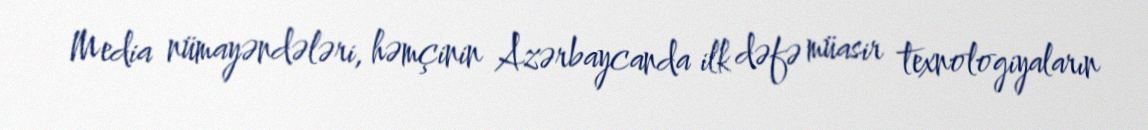
Media nümayəndələri, həmçinin Azərbaycanda ilk dəfə müasir texnologiyaların